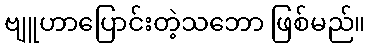
ဗျူဟာပြောင်းတဲ့သဘော ဖြစ်မည်။